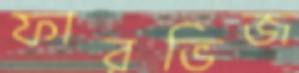
ফারভিজ